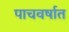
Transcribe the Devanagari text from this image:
पाचवर्षात